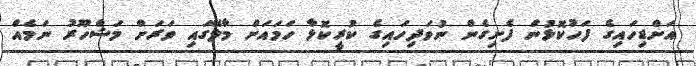
އަށްޑިހައިގެ ފަހުކޮޅުން ފެށިގެން ނުވަދިހައިގެ ކުރީކޮޅާ ހަމައަށް މާލޭގައި ވަރަށް މަޝްހޫރު ނަމެއް